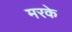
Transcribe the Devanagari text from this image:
मरके